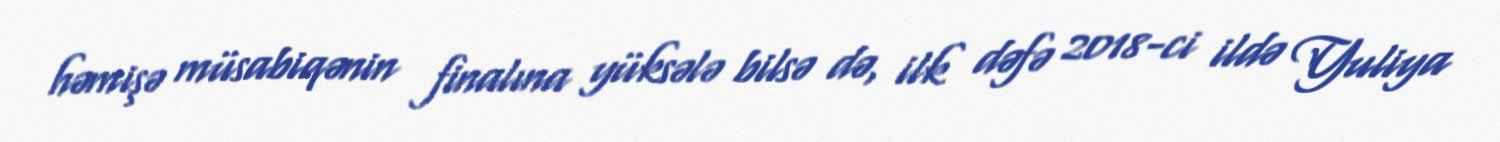
həmişə müsabiqənin finalına yüksələ bilsə də, ilk dəfə 2018-ci ildə Yuliya